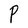
Character: P